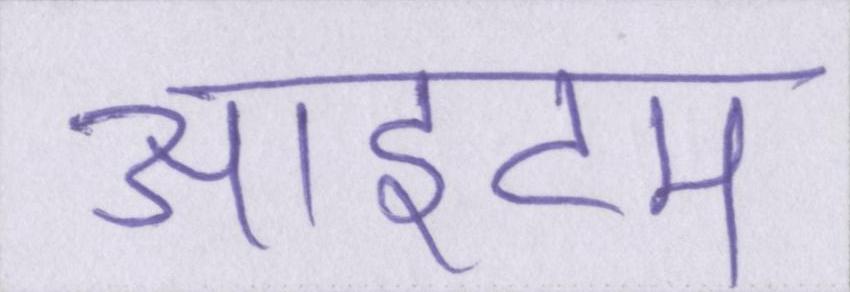
आइटम